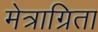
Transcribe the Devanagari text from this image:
मेत्राग्रिता